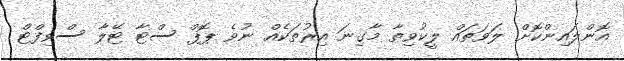
އޮންލައިންކޮށް ލަވަތައް ލީކުވިތާ މާގިނަ އިރުތަކެއް ނުވެ ޕޮޕް ސްޓާ ޓޭލާ ސްވިފްޓް